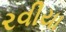
રવીયા